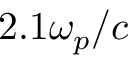
2 . 1 \omega _ { p } / c